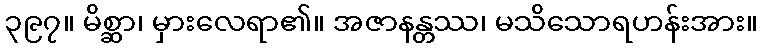
၃၉၇။ မိစ္ဆာ၊ မှားလေရာ၏။ အဇာနန္တဿ၊ မသိသောရဟန်းအား။